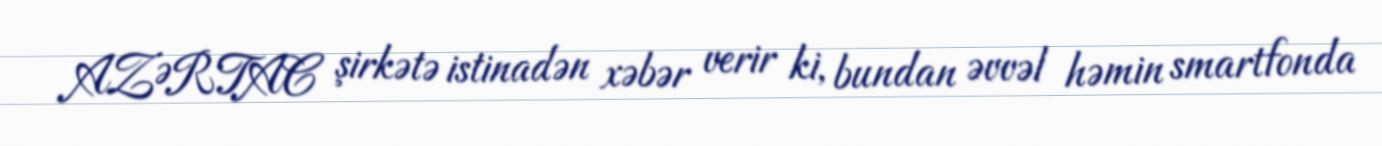
AZƏRTAC şirkətə istinadən xəbər verir ki, bundan əvvəl həmin smartfonda